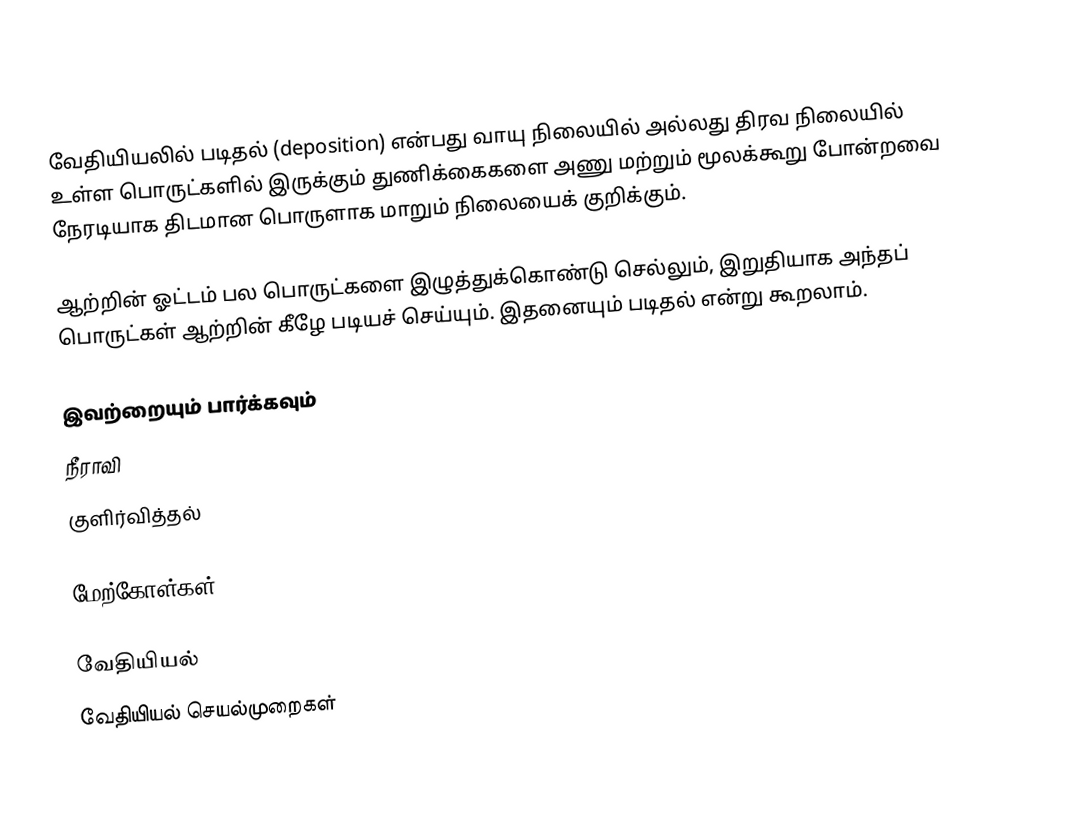
வேதியியலில் படிதல் (deposition) என்பது வாயு நிலையில் அல்லது திரவ நிலையில் உள்ள பொருட்களில் இருக்கும் துணிக்கைகளை அணு மற்றும் மூலக்கூறு போன்றவை நேரடியாக திடமான பொருளாக மாறும் நிலையைக் குறிக்கும்.

ஆற்றின் ஓட்டம் பல பொருட்களை இழுத்துக்கொண்டு செல்லும், இறுதியாக அந்தப் பொருட்கள் ஆற்றின் கீழே படியச் செய்யும். இதனையும் படிதல் என்று கூறலாம்.

இவற்றையும் பார்க்கவும்
நீராவி
குளிர்வித்தல்

மேற்கோள்கள்

வேதியியல்
வேதியியல் செயல்முறைகள்